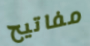
مفاتيح